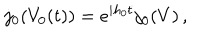
LaTeX: j _ { 0 } ( V _ { 0 } ( t ) ) = e ^ { i h _ { 0 } t } j _ { 0 } ( V ) \, ,